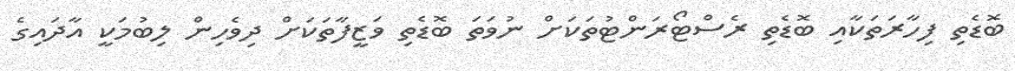
ބޮޑެތި ފިހާރަތަކާއި ބޮޑެތި ރެސްޓޯރަންޓުތަކަށް ނުވަތަ ބޮޑެތި ވަޒީފާތަކަށް ދިވެހިން ލިބުމަކީ އާދައިގެ